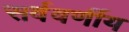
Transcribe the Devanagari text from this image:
सर्ववर्णीय